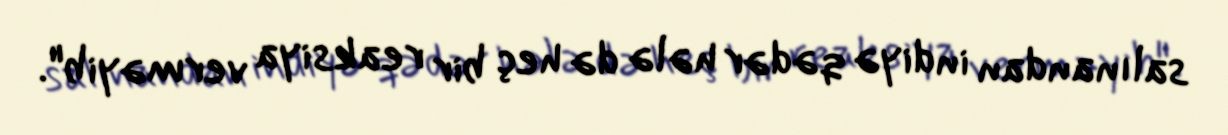
salınandan indiyə qədər hələ də heç bir reaksiya verməyib".